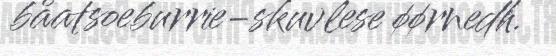
båatsoeburrie-skuvlese øørnedh.